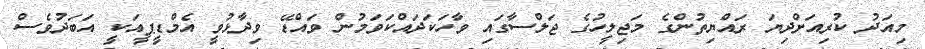
މިއަދު ކުރިއަށްދިޔަ ރައްޔިތުންގެ މަޖިލީހުގެ ޖަލްސާގައި ވާހަކަދައްކަވަމުން ވައްޑޭ ވިދާޅުވީ އެމްޑީޕީއަކީ އަބަދުވެސް